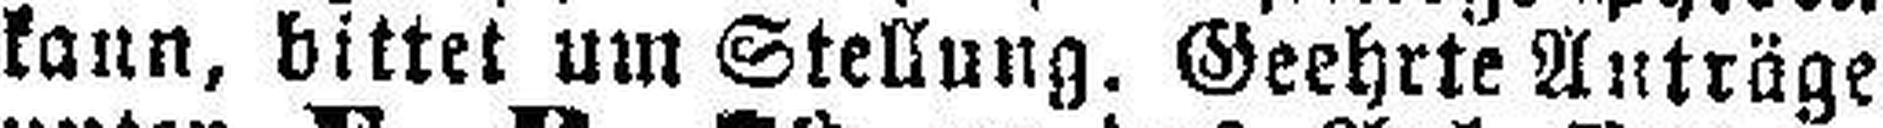
kann, bittet um Stellung. Geehrte Anträge